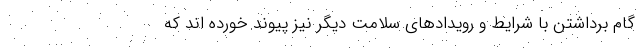
گام برداشتن با شرایط و رویدادهای سلامت دیگر نیز پیوند خورده اند که